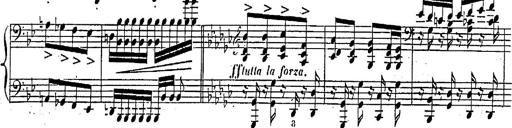
Title: Marche et Cavatine de Lucie de Lammermoor, S.398
Composer: Franz Liszt